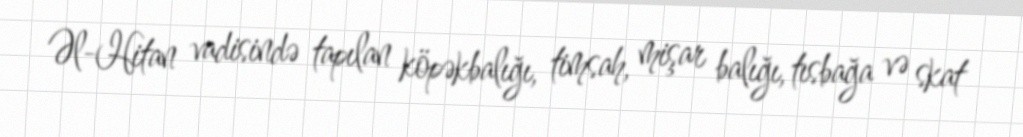
Əl-Hitan vadisində tapılan köpəkbalığı, timsah, mişar balığı, tısbağa və skat